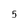
Character: 5